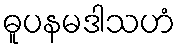
ဓူပနမဒါသဟံ